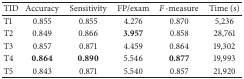
| TID | Accuracy | Sensitivity | FP/exam | F-measure | Time (s) |
 | --- | --- | --- | --- | --- | --- |
 | T1 | 0.855 | 0.855 | 4.276 | 0.870 | 5,236 |
 | T2 | 0.849 | 0.866 | 3.957 | 0.858 | 28,761 |
 | T3 | 0.857 | 0.871 | 4.459 | 0.864 | 19,302 |
 | T4 | 0.864 | 0.890 | 5.546 | 0.877 | 19,993 |
 | T5 | 0.843 | 0.871 | 5.540 | 0.857 | 21,920 |